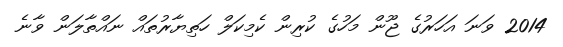
2014 ވަނަ އަހަރުގެ ޖޫން މަހުގެ ކުރިން ކެމިކަލް ހަތިޔާރުތައް ނައްތާލަން ވާނެ